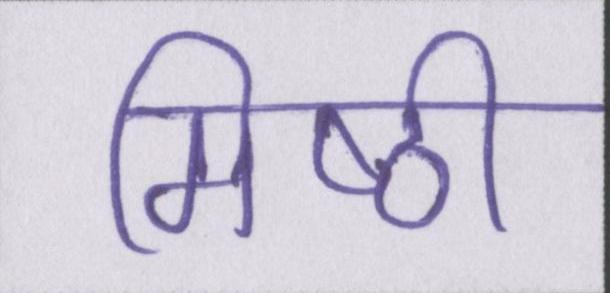
मिष्ठी